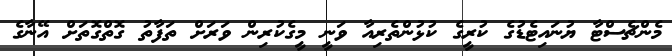
މެންޗެސްޓާ ޔުނައިޓެޑުގެ ކުރީގެ ކުޅުންތެރިއާ ވަނީ މީގެކުރިން ވަރަށް ތަފާތު ގޮތްގޮތަށް އޭނާގެ